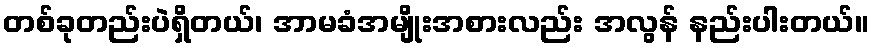
တစ်ခုတည်းပဲရှိတယ်၊ အာမခံအမျိုးအစားလည်း အလွန် နည်းပါးတယ်။